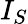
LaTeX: I_{S}